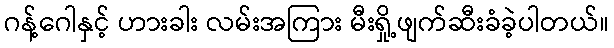
ဂန့်ဂေါနှင့် ဟားခါး လမ်းအကြား မီးရှို့ဖျက်ဆီးခံခဲ့ပါတယ်။